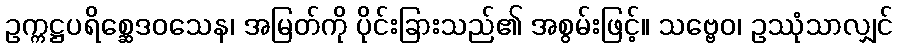
ဥက္ကဋ္ဌပရိစ္ဆေဒဝသေန၊ အမြတ်ကို ပိုင်းခြားသည်၏ အစွမ်းဖြင့်။ သဗ္ဗေဝ၊ ဥဿုံသာလျှင်